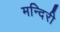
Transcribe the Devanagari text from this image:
मन्दिरी